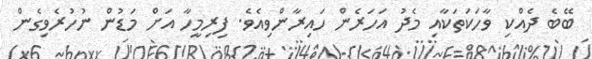
ބޭބެ ދެއްކި ވާހަކަތަކާއި މެދު އަހަރެން ހައިރާންވިއެވެ. ފިރިމީހާ އަށް މަޑުން ނުހުރެވިގެން